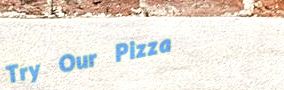
Try Our Pizza